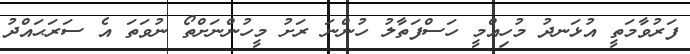
ފަރުވާމަތީ އުޅަނދު މުހިއްމީ ހަސްފަތާލު ހުންނަ ރަށު މީހުންނަށްތޯ ނުވަތަ އެ ސަރަޙައްދު